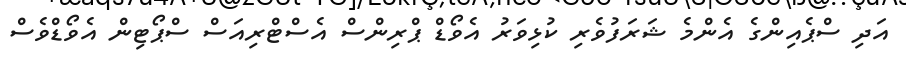
އަދި ސްޕެއިންގެ އެންމެ ޝަރަފުވެރި ކުޅިވަރު އެވޯޑް ޕްރިންސް އެސްޓްރިއަސް ސްޕޯޓިން އެވޯޑްވެސް